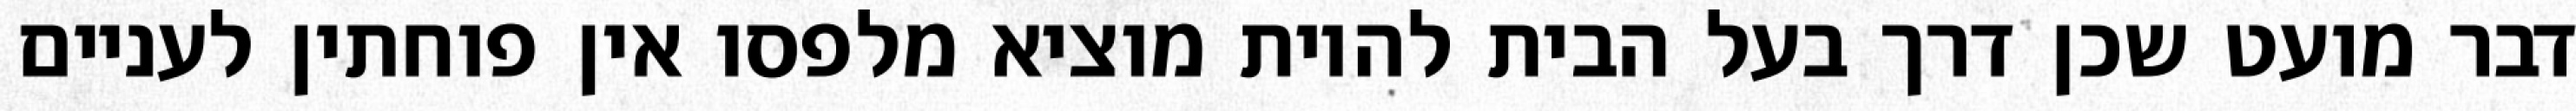
דבר מועט שכן דרך בעל הבית להיות מוציא מלפסו אין פוחתין לעניים